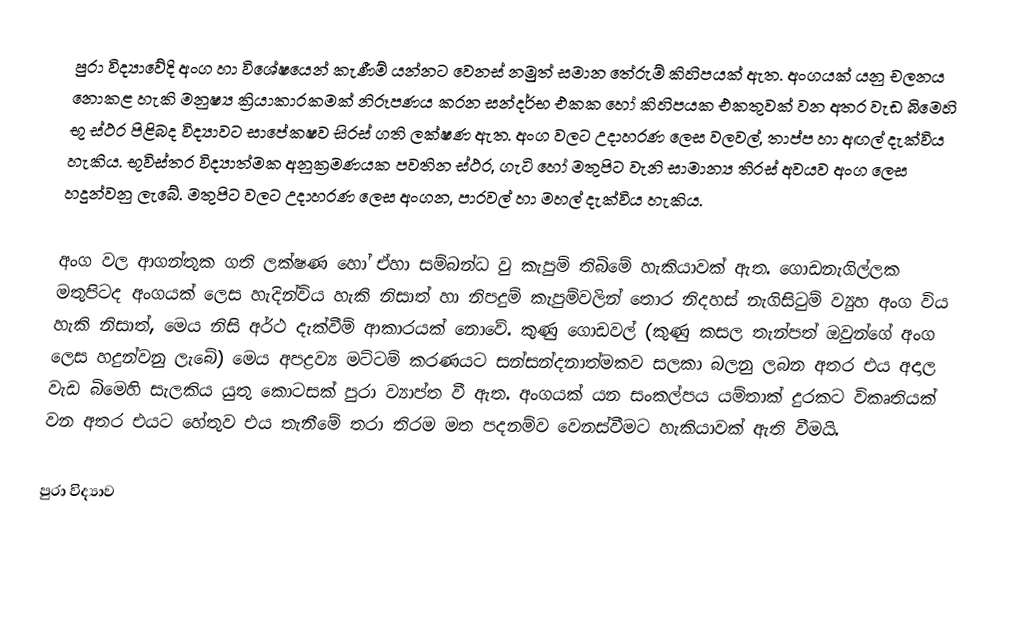
පුරා විද්‍යාවේදි අංග හා විශේෂයෙන් කැණීම් යන්නට වෙනස් නමුත් සමාන තේරුම් කිහිපයක් ඇත. අංගයක් යනු චලනය නොකළ හැකි මනුෂ්‍ය ක්‍රියාකාරකමක් නිරූපණය කරන සන්දර්භ එකක හෝ කිහිපයක එකතුවක් වන අතර වැඩ බිමෙහි භූ ස්ථර පිළිබද විද්‍යාවට සාපේකෂව සිරස් ගති ලක්ෂණ ඇත. අංග වලට උදාහරණ ලෙස වලවල්, තාප්ප හා අඟල් දැක්විය හැකිය. භූවිස්තර විද්‍යාත්මක අනුක්‍රමණයක පවතින ස්ථර, ගැටි හෝ මතුපිට වැනි සාමාන්‍ය තිරස් අවයව අංග ලෙස හදුන්වනු ලැබේ. මතුපිට වලට උදාහරණ ලෙස අංගන, පාරවල් හා මහල් දැක්විය හැකිය.

අංග වල ආගන්තුක ගති ලක්ෂණ හෝ ඒහා සම්බන්ධ වු කැපුම් තිබිමේ හැකියාවක් ඇත.  ගොඩනැගිල්ලක මතුපිටද අංගයක් ලෙස හැදින්විය හැකි නිසාත් හා නිපදුම් කැපුම්වලින් තොර නිදහස් නැගිසිටුම් ව්‍යුහ අංග විය හැකි නිසාත්, මෙය නිසි අර්ථ දැක්වීම් ආකාරයක් නොවේ. කුණු ගොඩවල් (කුණු කසල තැන්පත් ඔවුන්ගේ අංග ලෙස හදුන්වනු ලැබේ) මෙය අපද්‍රව්‍ය මට්ටම් කරණයට සන්සන්දනාත්මකව සලකා බලනු ලබන අතර එය අදාල වැඩ බිමෙහි සැලකිය යුතු කොටසක් පුරා ව්‍යාප්ත වී ඇත. අංගයක් යන සංකල්පය යම්තාක් දුරකට විකෘතියක් වන අතර එයට හේතුව එය තැනීමේ තරා තිරම මත පදනම්ව වෙනස්වීමට හැකියාවක් ඇති වීමයි.

පුරා විද්‍යාව